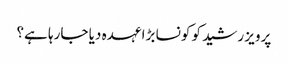
پرویز رشید کو کونسا بڑا عہدہ دیا جارہا ہے؟